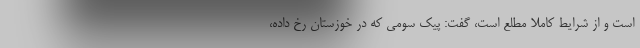
است و از شرایط کاملا مطلع است، گفت: پیک سومی که در خوزستان رخ داده،